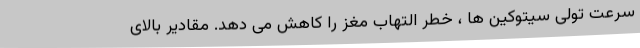
سرعت تولی سیتوکین ها ، خطر التهاب مغز را کاهش می دهد. مقادیر بالای